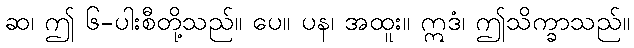
ဆ၊ ဤ ၆-ပါးစီတို့သည်။ ပေ။ ပန၊ အထူး။ ဣဒံ၊ ဤသိက္ခာသည်။